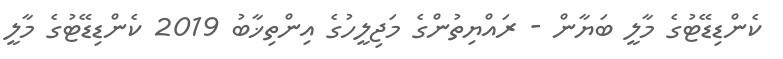
ކެންޑިޑޭޓުގެ މާލީ ބަޔާން - ރައްޔިތުންގެ މަޖިލީހުގެ އިންތިޚާބު 2019 ކެންޑިޑޭޓުގެ މާލީ